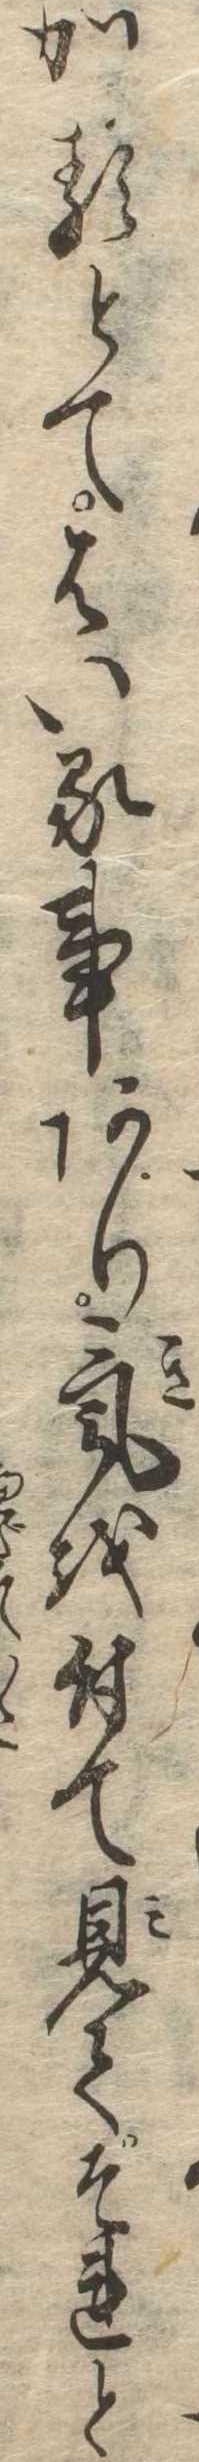
かるとてはいる事あり気を付て見てそれと